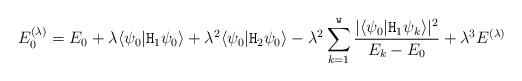
LaTeX: \begin{align*}E_0^{(\lambda)} = E_0 + \lambda\langle \psi_0|\mathtt{H}_1\psi_0 \rangle + \lambda^2\langle \psi_0|\mathtt{H}_2\psi_0 \rangle - \lambda^2\sum_{k=1}^{\mathtt{w}}\frac{|\langle \psi_0|\mathtt{H}_1\psi_k \rangle|^2}{E_k-E_0} + \lambda^3E^{(\lambda)}\end{align*}